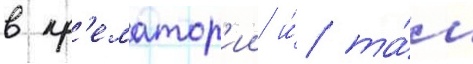
в кр'ематор'ии и́ та́м